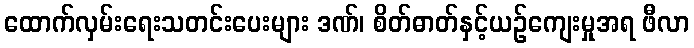
ထောက်လှမ်းရေးသတင်းပေးများ ဒဏ်၊ စိတ်ဓာတ်နှင့်ယဉ်ကျေးမှုအရ ဖီလာ